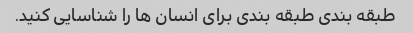
طبقه بندی طبقه بندی برای انسان ها را شناسایی کنید.